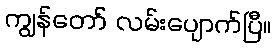
ကျွန်တော် လမ်းပျောက်ပြီ။